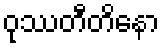
ဝုဿတီတိနော